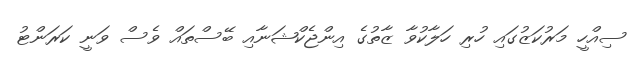
ސިއްހީ މަރުކަޒުގައި ހުރި ހަލާކުވާ ޒާތުގެ އިންޖެކްޝަނާއި ބޭސްތައް ވެސް ވަނީ ކަރަންޓު